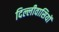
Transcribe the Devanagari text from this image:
दिल्लीवासियों